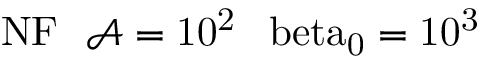
\mathrm { { N F } \: \: \: \mathcal { A } = 1 0 ^ { 2 } \: \: \ b e t a _ { 0 } = 1 0 ^ { 3 } }